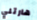
هارتلي